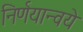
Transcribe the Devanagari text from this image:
निर्णयान्वये